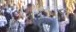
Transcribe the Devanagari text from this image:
भ्रमणध्वनीवरील